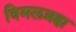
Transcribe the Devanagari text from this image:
विमलब्रह्म